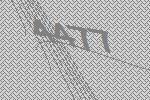
4477